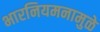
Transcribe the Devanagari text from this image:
भारनियमनामुळे